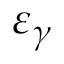
\varepsilon _ { \gamma }